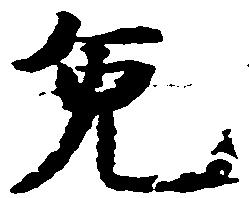
免